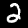
Digit: 2